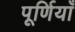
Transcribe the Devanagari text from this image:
पूर्णियाँ